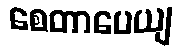
စေတာပေယျ